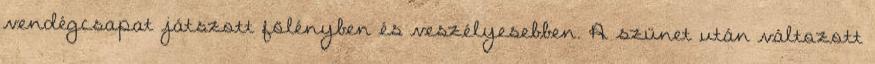
vendégcsapat játszott fölényben és veszélyesebben. A szünet után változott